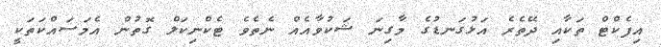
އިފެކްޓް ތަކާއި ދޭތެރެ އަޅުގަނޑުގެ މާގިނަ ޝަކުވާއެއް ނެތެވެ ޓެކްނިކަލް ގޮތުން އެމަސައްކަތަކީ